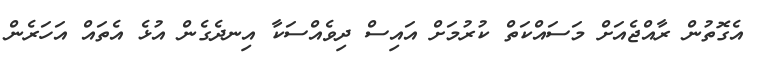
އެގޮތުން ރާއްޖެއަށް މަސައްކަތް ކުރުމަށް އައިސް ދިވެއްސަކާ އިނދެގެން އުޅެ އެތައް އަހަރެން